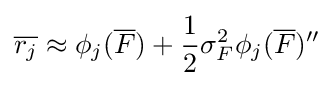
{\overline {r_{j}}}\approx \phi _{j}({\overline {F}})+{\frac {1}{2}}\sigma _{F}^{2}\phi _{j}({\overline {F}})''